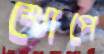
খোপে